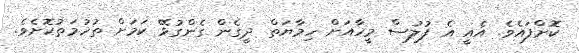
ކޮށްފައެވެ. އެއީ އެ ފުލުސް މީހާއަށް ހިމާޔަތް ދީގެން ގެންގުޅޭ ކަމަށް ތުހުމަތުކޮށެވެ.